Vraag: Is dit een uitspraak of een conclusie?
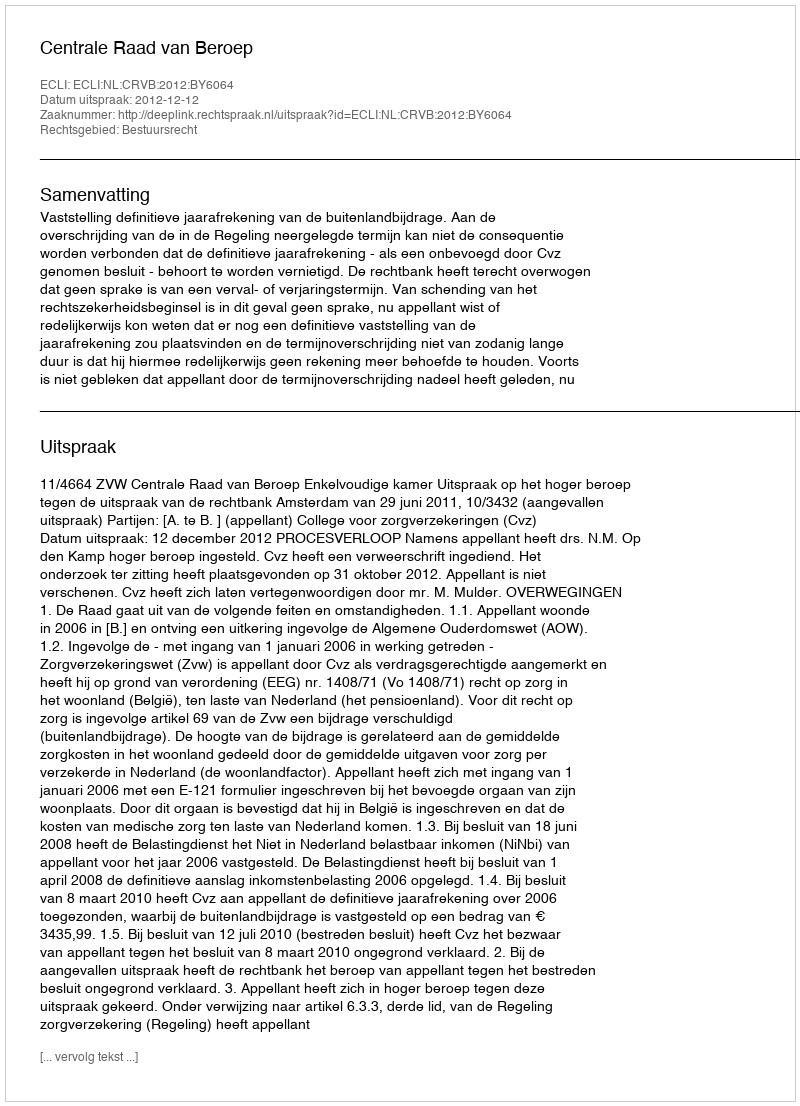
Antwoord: Uitspraak